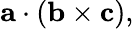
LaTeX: \mathbf{a}\cdot(\mathbf{b}\times\mathbf{c}),